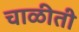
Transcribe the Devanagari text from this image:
चाळीती